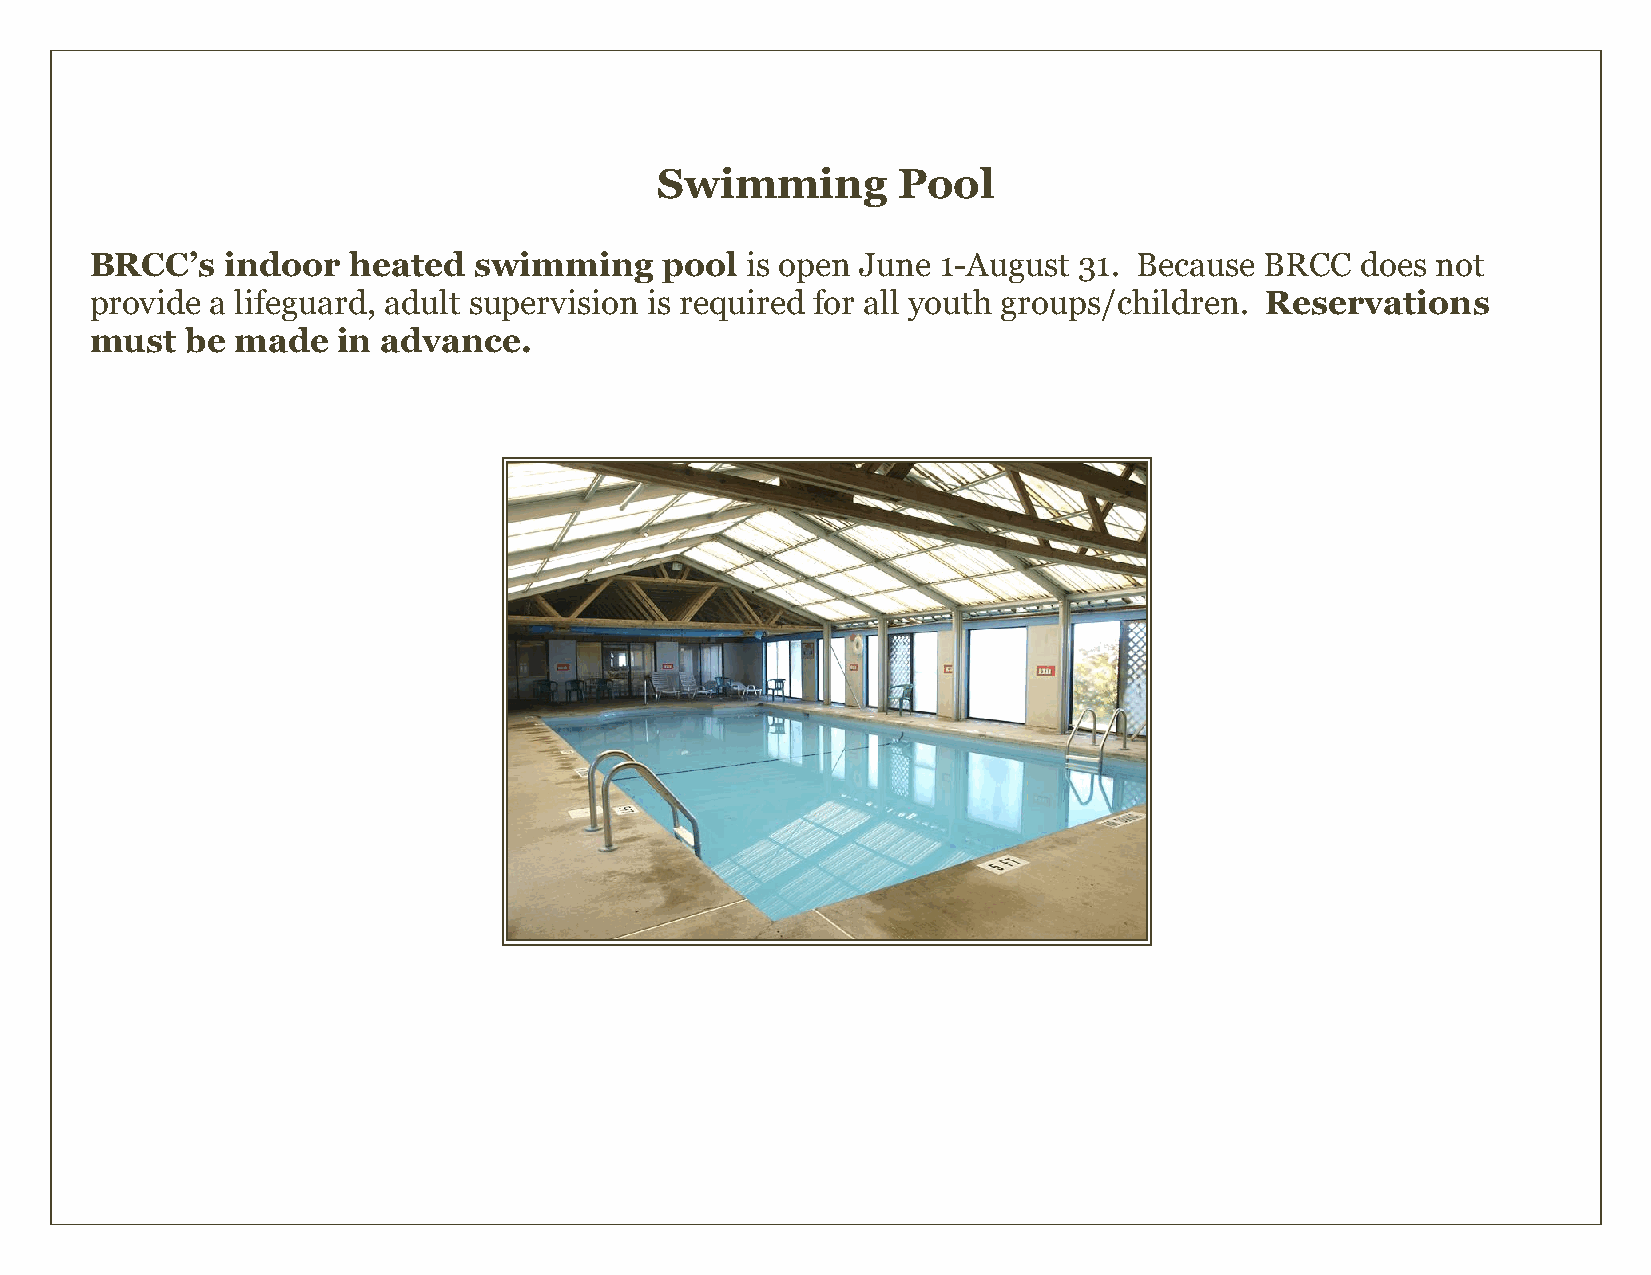
Swimming        Pool
 BRCC’s   indoor  heated  swimming     pool is open June 1-August 31. Because  BRCC  does not
 provide a lifeguard, adult supervision is required for all youth groups/children. Reservations
 must  be made   in advance.